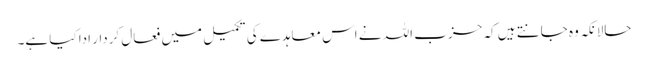
حالانکہ وہ جانتے ہیں کہ حزب اللہ نے اس معاہدے کی تکمیل میں فعال کردار ادا کیا ہے۔